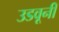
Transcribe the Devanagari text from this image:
उडवूनी